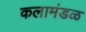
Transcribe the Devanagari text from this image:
कलामंडळ